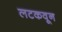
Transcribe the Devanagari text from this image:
लटकवून